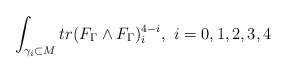
\begin{align*}\int_{\gamma_{i}\subset M} tr(F_{\Gamma}\wedge F_{\Gamma})_{i}^{4-i}, \,\, i=0,1,2,3,4\end{align*}